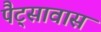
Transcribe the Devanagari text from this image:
पैट्सावास